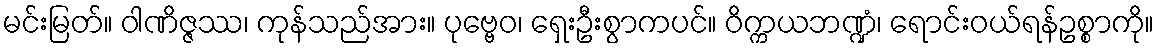
မင်းမြတ်။ ဝါဏိဇ္ဇဿ၊ ကုန်သည်အား။ ပုဗ္ဗေဝ၊ ရှေးဦးစွာကပင်။ ဝိက္ကယဘဏ္ဍံ၊ ရောင်းဝယ်ရန်ဥစ္စာကို။